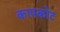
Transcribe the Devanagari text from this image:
कापकोट